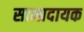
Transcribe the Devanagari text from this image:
साम्प्रदायक